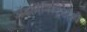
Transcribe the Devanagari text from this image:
अॅडमिनिस्ट्रेटरही